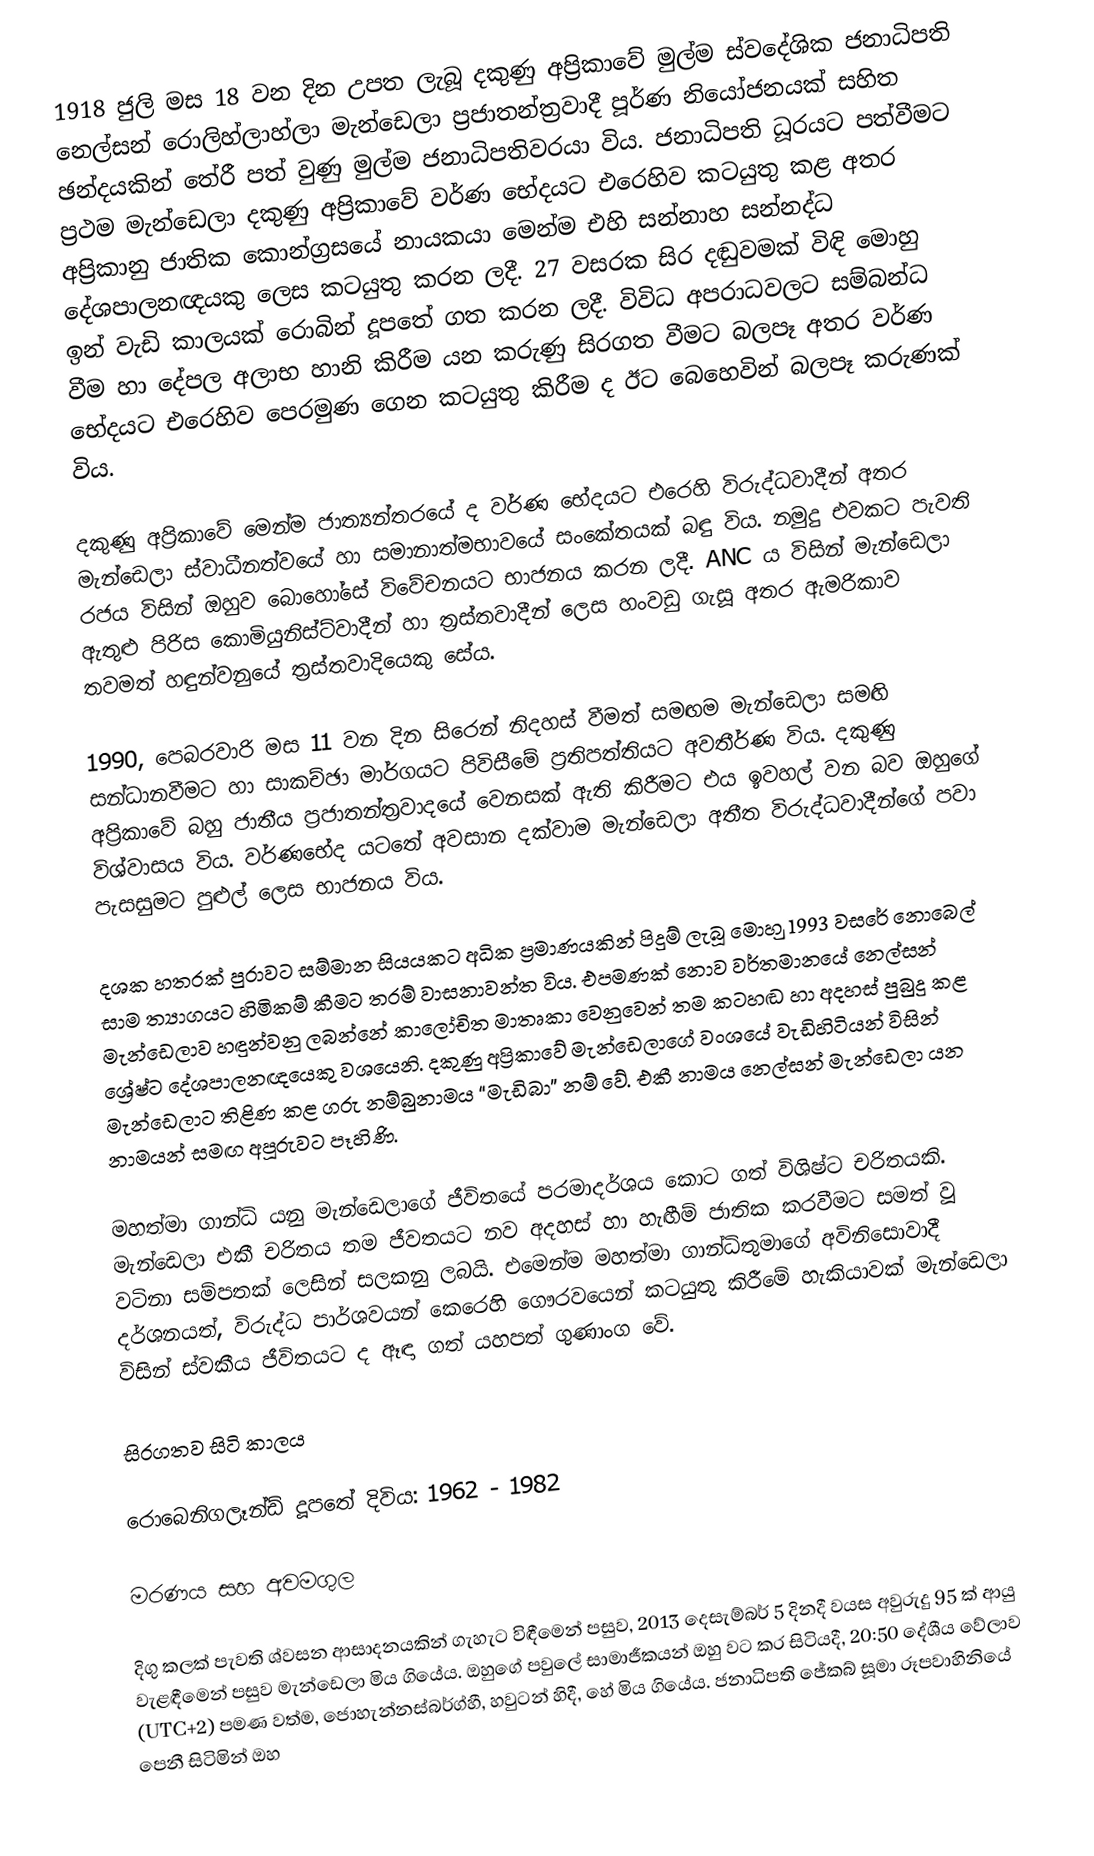
1918 ජුලි මස 18 වන දින උපත ලැබූ දකුණු අප්‍රිකාවේ මුල්ම ස්වදේශික ජනාධිපති නෙල්සන් රොලිහ්ලාහ්ලා මැන්ඩෙලා ප්‍රජාතන්ත්‍රවාදී පූර්ණ නියෝජනයක් සහිත ඡන්දයකින් තේරී පත් වුණු මුල්ම ජනාධිපතිවරයා විය. ජනාධිපති ධූරයට පත්වීමට ප්‍රථම මැන්ඩෙලා දකුණු අප්‍රිකාවේ වර්ණ භේදයට එරෙහිව කටයුතු කළ අතර අප්‍රිකානු ජාතික කොන්ග්‍රසයේ නායකයා මෙන්ම එහි සන්නාහ සන්නද්ධ දේශපාලනඥයකු ලෙස කටයුතු කරන ලදී. 27 වසරක සිර දඬුවමක් විඳි මොහු ඉන් වැඩි කාලයක් රොබින් දූපතේ ගත කරන ලදී. විවිධ අපරාධවලට සම්බන්ධ වීම හා දේපල අලාභ හානි කිරීම යන කරුණු සිරගත වීමට බලපෑ අතර වර්ණ භේදයට එරෙහිව පෙරමුණ ගෙන කටයුතු කිරීම ද ඊට බෙහෙවින් බලපෑ කරුණක් විය.

දකුණු අප්‍රිකාවේ මෙන්ම ජාත්‍යන්තරයේ ද වර්ණ භේදයට ‍එරෙහි විරුද්ධවාදීන් අතර මැන්ඩෙලා ස්වාධීනත්වයේ හා සමානාත්මභාවයේ සංකේතයක් බඳු විය. නමුදු එවකට පැවති රජය විසින් ඔහුව බොහෝ‍සේ විවේචනයට භාජනය කරන ලදී. ANC ය විසින් මැන්ඩෙලා ඇතුළු පිරිස කොමියුනිස්ට්වාදීන් හා ත්‍රස්තවාදීන් ලෙස හංවඩු ගැසූ අතර ඇමරිකාව තවමත් හඳුන්වනුයේ ත්‍රස්තවාදියෙකු සේය.

1990, පෙබරවාරි මස 11 වන දින සිරෙන් නිදහස් වීමත් සමඟම මැන්ඩෙලා සමඟි සන්ධාන‍වීමට හා සාකච්ඡා මාර්ගයට පිවිසීමේ ප්‍රතිපත්තියට අවතීර්ණ විය. දකුණු අප්‍රිකාවේ බහු ජාතීය ප්‍රජාතන්ත්‍රවාදයේ වෙනසක් ඇති කිරීමට එය ඉවහල් වන බව ඔහුගේ විශ්වාසය විය. වර්ණභේද යටතේ අවසාන දක්වාම මැන්ඩෙලා අතීත විරුද්ධවාදීන්ගේ පවා පැසසුමට පුළුල් ලෙස භාජනය විය.

දශක හතරක් පුරාවට සම්මාන සියයකට අධික ප්‍රමාණයකින් පිදුම් ලැබූ මොහ‍ු 1993 වසරේ නොබෙල් සාම ත්‍යාගයට හිමිකම් කීමට තරම් වාසනාවන්ත විය. එපමණක් නොව වර්තමානයේ නෙල්සන් මැන්ඩෙලාව හඳුන්වනු ලබන්නේ කාලෝචිත මාතෘකා වෙනුවෙන් තම කටහඬ හා අදහස් පුබුදු කළ ශ්‍රේෂ්ට දේශපාලනඥයෙකු වශයෙනි. දකුණු අප්‍රිකාවේ මැන්ඩෙලාගේ වංශයේ වැඩිහිටියන් විසින් මැන්ඩෙලාට තිළිණ කළ ගරු නම්බුනාමය “මැඩිබා” නම් වේ. එකී නාමය නෙල්සන් මැන්ඩෙලා යන නාමයන් සමඟ අපූරුවට පෑහිණි.

මහත්මා ගාන්ධි යනු මැන්ඩෙලාගේ ජීවිතයේ පරමාදර්ශය කොට ගත් විශිෂ්ට චරිතයකි. මැන්ඩෙලා එකී චරිතය තම ජීවතයට නව අදහස් හා හැඟීම් ජාතික කරවීමට සමත් වූ වටිනා සම්පතක් ලෙසින් සලකනු ලබයි. එමෙන්ම මහත්මා ගාන්ධිතුමාගේ අවිනිසොවාදී දර්ශනයත්, විරුද්ධ පාර්ශවයන් කෙරෙහි ගෞරවයෙන් කටයුතු කිරීමේ හැකියාවක් මැන්ඩෙලා විසින් ස්වකීය ජීවිතයට ද ඈඳා ගත් යහපත් ගුණාංග වේ.

සිරගතව සිටි කාලය

රොබෙනිගලෑන්ඩ් දූපතේ දිවිය: 1962 - 1982

මරණය සහ අවමගුල

දිගු කලක් පැවති ශ්වසන ආසාදනයකින් ගැහැට විඳීමෙන් පසුව, 2013 දෙසැම්බර් 5 දිනදී වයස අවුරුදු 95 ක් ආයු වැළඳීමෙන් පසුව මැන්ඩෙලා මිය ගියේය. ඔහුගේ පවුලේ සාමාජීකයන් ඔහු වට කර සිටියදී, 20:50 දේශීය වේලාව (UTC+2) පමණ වත්ම,  ජොහැන්නස්බර්ග්හී, හවුටන් හිදී, හේ මිය ගියේය.  ජනාධිපති ජේකබ් සූමා රූපවාහිනියේ පෙනී සිටිමින් ඔහ